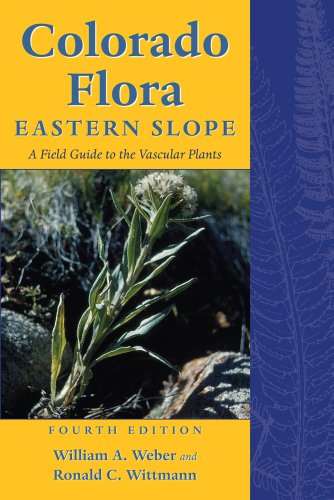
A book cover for Colorado Flora: Eastern Slope, Fourth Edition A Field Guide to the Vascular Plants; William A. Weber; Science & Math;